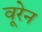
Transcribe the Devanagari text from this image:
वूरेन